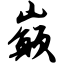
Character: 巅